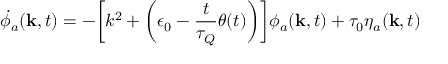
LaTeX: { \dot { \phi } } _ { a } ( { \bf k } , t ) = - \bigg [ k ^ { 2 } + \bigg ( { \epsilon _ { 0 } - \frac { t } { \tau _ { Q } } \theta ( t ) \bigg ) \bigg ] \phi _ { a } ( \bf k } , t ) + \tau _ { 0 } \eta _ { a } ( { \bf k } , t )